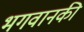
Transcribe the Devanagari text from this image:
भगवानकी